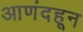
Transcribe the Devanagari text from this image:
आणंदहून